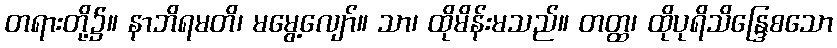
တရားတို့၌။ နာဘိရမတိ၊ မမွေ့လျော်။ သာ၊ ထိုမိန်းမသည်။ တတ္ထ၊ ထိုပုရိသိန္ဒြေစသော